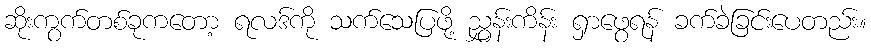
ဆိုးကွက်တစ်ခုကတော့ ရလဒ်ကို သက်သေပြဖို့ ညွှန်းကိန်း ရှာဖွေရန် ခက်ခဲခြင်းပေတည်း။